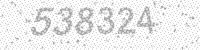
Solution: 538324